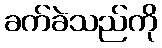
ခက်ခဲသည်ကို